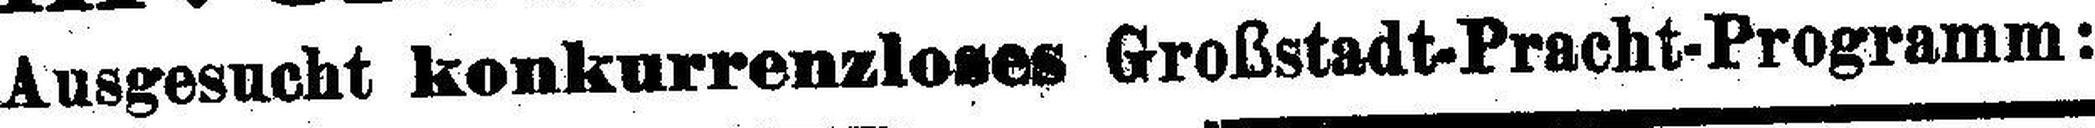
Ausgesucht konkurrenzloses Großstadt-Pracht-Programm: